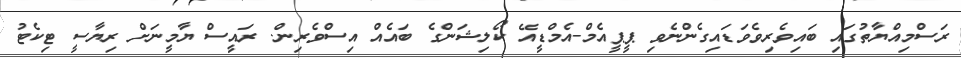
ރަސްމިއްޔާތުގައި ބައިވެރިވެވަޑައިގެންނެވި ޕީޕީއެމް-އެމްޑީއޭ ކޯލިޝަންގެ ބައެއް އިސްވެރިން. ރައީސް ޔާމީނަށް ރިޔާސީ ޓިކެޓު